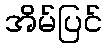
အိမ်ပြင်